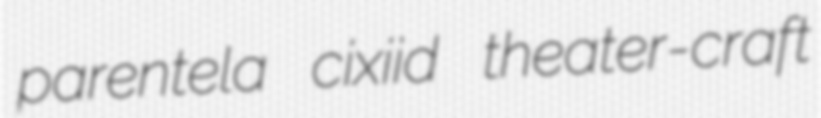
parentela cixiid theater-craft